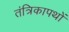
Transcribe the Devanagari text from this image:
तंत्रिकापथों